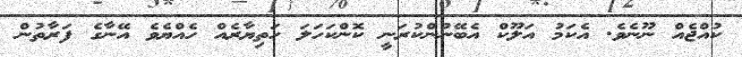
ކުއްޖެއް ނޫނެވެ. އެކަމު އަލޫކް އެބޭނުންކުރަނީ ކޮންކަހަލަ ހަތިޔާރެއް ހެއްޔެވެ އޭނާގެ ފަރާތުން